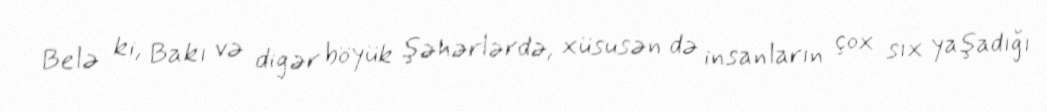
Belə ki, Bakı və digər böyük şəhərlərdə, xüsusən də insanların çox sıx yaşadığı